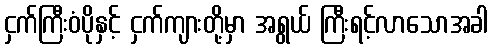
ငှက်ကြီးဝံပိုနှင့် ငှက်ကျားတို့မှာ အရွယ် ကြီးရင့်လာသောအခါ